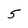
Character: 5